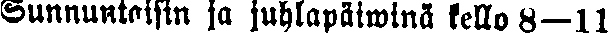
Sunnuntaisin ja juhlapäiwinä kello 8—11